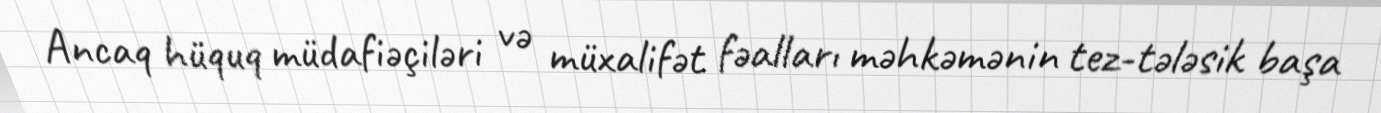
Ancaq hüquq müdafiəçiləri və müxalifət fəalları məhkəmənin tez-tələsik başa